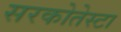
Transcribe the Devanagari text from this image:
सरकोतेस्टा